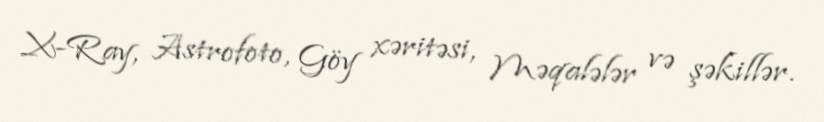
X-Ray, Astrofoto, Göy xəritəsi, Məqalələr və şəkillər.